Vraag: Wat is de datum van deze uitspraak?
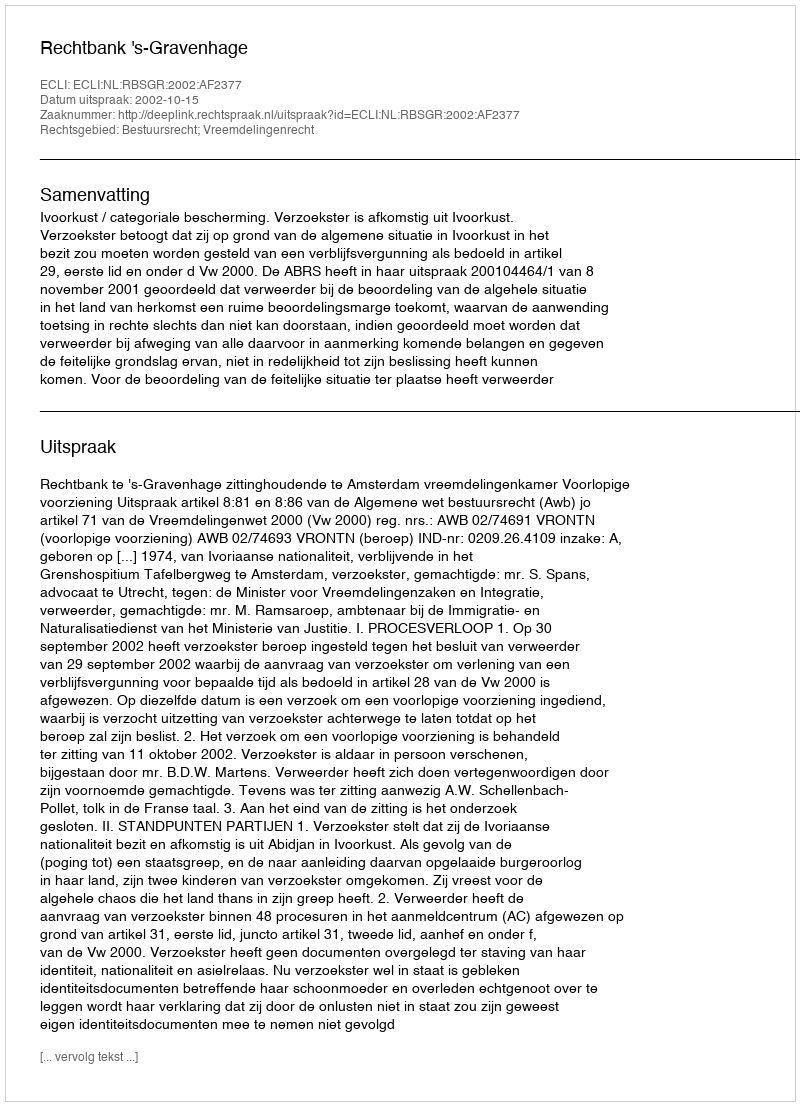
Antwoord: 2002-10-15